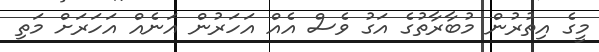
މީގެ އިތުރުން މުބާރާތުގެ އަގު ވެސް އެއް އަހަރުން އަނެއް އަހަރަށް މަތި